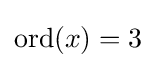
\mathrm {ord} (x)=3